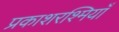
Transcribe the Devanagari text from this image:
प्रकाशरश्मियाँ